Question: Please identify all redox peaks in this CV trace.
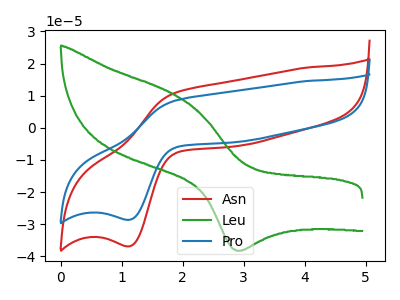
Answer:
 <answer>The red curve "Asn" has an anodic peak at (1.85V, 10.85uA) and a cathodic peak at (1.15V, -36.90uA). The green curve "Leu" has an anodic peak at (1.85V, 10.70uA) and a cathodic peak at (2.90V, -38.25uA). The blue curve "Pro" has an anodic peak at (1.85V, 8.45uA) and a cathodic peak at (1.15V, -28.65uA).</answer>
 <eval></eval>